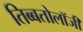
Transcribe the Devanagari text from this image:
तिब्‍बतोलॉजी